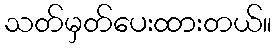
သတ်မှတ်ပေးထားတယ်။